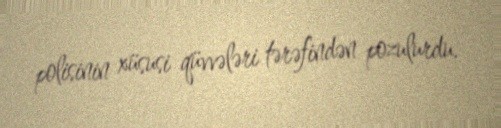
polisinin xüsusi qüvvələri tərəfindən pozulurdu.